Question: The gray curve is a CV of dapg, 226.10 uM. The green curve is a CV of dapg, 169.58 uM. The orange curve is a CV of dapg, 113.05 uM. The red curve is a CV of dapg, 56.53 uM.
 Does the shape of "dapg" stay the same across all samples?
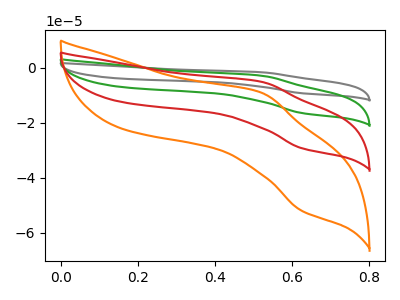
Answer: <think>The gray curve "dapg, 226.10 uM" has an anodic peak at (0.50V, -15.35uA) and a cathodic peak at (0.60V, -87.65uA). The green curve "dapg, 169.58 uM" has an anodic peak at (0.50V, -10.25uA) and a cathodic peak at (0.60V, -58.40uA). The orange curve "dapg, 113.05 uM" has an anodic peak at (0.50V, -9.10uA) and a cathodic peak at (0.60V, -51.90uA). The red curve "dapg, 56.53 uM" has an anodic peak at (0.50V, -5.10uA) and a cathodic peak at (0.60V, -29.20uA).
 All the peaks in "dapg, 226.10 uM" have a peak in "dapg, 169.58 uM" at the same potential. All the peaks in "dapg, 226.10 uM" have a peak in "dapg, 113.05 uM" at the same potential. All the peaks in "dapg, 226.10 uM" have a peak in "dapg, 56.53 uM" at the same potential. All the peaks in "dapg, 169.58 uM" have a peak in "dapg, 113.05 uM" at the same potential. All the peaks in "dapg, 169.58 uM" have a peak in "dapg, 56.53 uM" at the same potential. All the peaks in "dapg, 113.05 uM" have a peak in "dapg, 56.53 uM" at the same potential.</think>
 <answer>All the CV's of "dapg" have similar shape.</answer>
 <eval>follow_rule</eval>